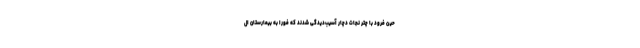
حین فرود با چتر نجات دچار آسیب‌دیدگی شدند که فورا به بیمارستان ال